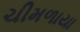
ચીમળાયા